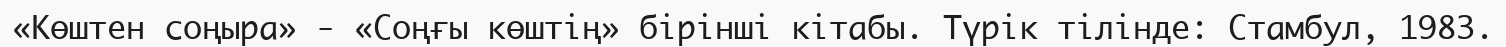
«Көштен соңыра» - «Соңғы көштің» бірінші кітабы. Түрік тілінде: Стамбул, 1983.